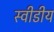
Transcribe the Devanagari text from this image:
स्वीडीय